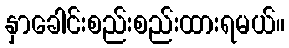
နှာခေါင်းစည်းစည်းထားရမယ်။